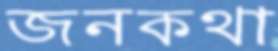
জনকথা